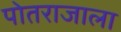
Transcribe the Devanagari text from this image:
पोतराजाला